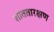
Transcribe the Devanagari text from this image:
शांततारक्षण